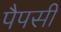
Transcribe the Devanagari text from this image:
पैपसी